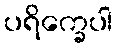
ပရိက္ခေပါ